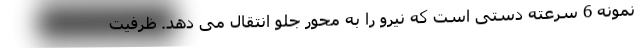
نمونه 6 سرعته دستی است که نیرو را به محور جلو انتقال می دهد. ظرفیت